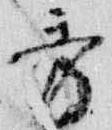
秀